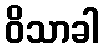
ဝိသာခါ